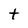
Character: t